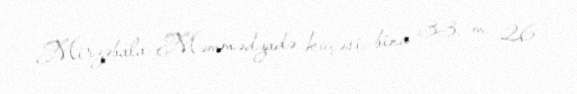
Mirzəbala Məmmədzadə küçəsi, bina 33, m. 26